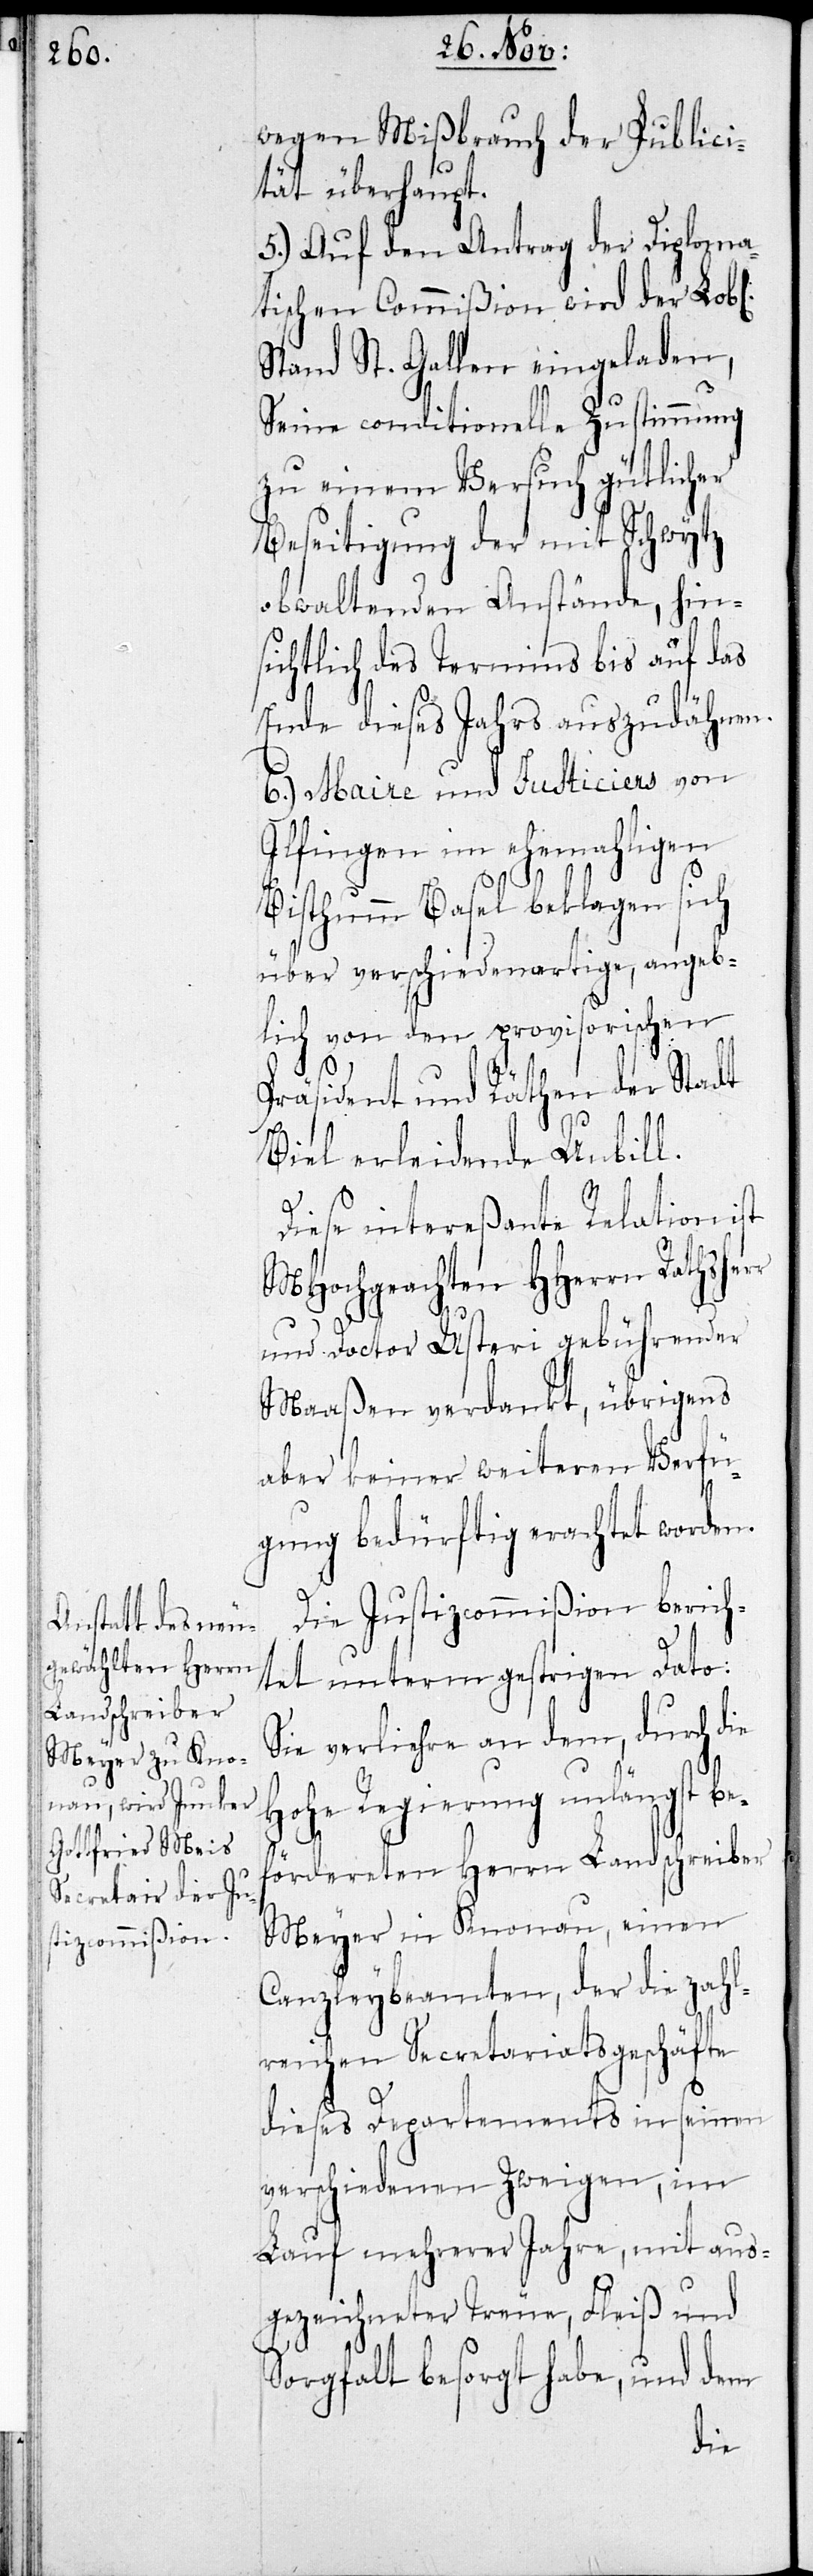
wegen Mißbrauch der Publici¬
tät überhaupt.
5.) Auf den Antrag der Diploma¬
tischen Commißion wird der Lobl.
Stand St. Gallen eingeladen,
seine conditionelle Zustimmung
zu einem Versuch gütlicher
Beseitigung der mit Schwytz
obwaltenden Anstände, hin¬
sichtlich des Termins bis auf das
Ende dieses Jahrs auszudähnen.
6.) Maire und Justiciers von
Ilfingen im ehemahligen
Bisthum Basel beklagen sich
über verschiedenartige, angeb¬
lich von den provisorischen
Präsident und Räthen der Stadt
Biel erleidende Unbill.
Diese intereßante Relation ist
MHochgeachten HHerrn Rathsher¬
und Doctor Usteri gebührender
Maaßen verdankt, übrigens
aber keiner weiteren Verfü¬
gung bedürftig erachtet worden.
Die Justizcommißion berich¬
tet unterm gestrigen Dato:
Sie verliehre an dem, durch die
Hohe Regierung unlängst be¬
f¬
ördereten Herren Landschreiber
Meyer in Knonau, einen
Canzleybeamten, der die zahl¬
reichen Secretariatsgeschäfte
dieses Departements in seinen
verschiedenen Zweigen, im
Lauf mehrere Jahre, mit aus¬
gezeichneter Treue, Fleiß und
Sorgfalt besorgt habe, und dem